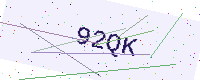
Text: 92QK